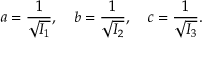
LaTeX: a = { \frac { 1 } { \sqrt { I _ { 1 } } } } , \quad b = { \frac { 1 } { \sqrt { I _ { 2 } } } } , \quad c = { \frac { 1 } { \sqrt { I _ { 3 } } } } .